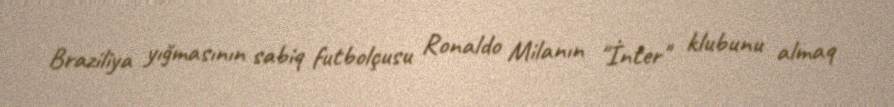
Braziliya yığmasının sabiq futbolçusu Ronaldo Milanın "İnter" klubunu almaq